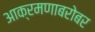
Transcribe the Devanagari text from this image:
आक्रमणाबरोबर